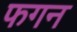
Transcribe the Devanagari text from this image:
फगन